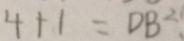
4 + 1 = D B ^ { 2 }